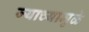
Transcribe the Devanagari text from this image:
ज्याच्यामुळे